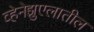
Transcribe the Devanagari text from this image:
व्हेनेझुएलातील